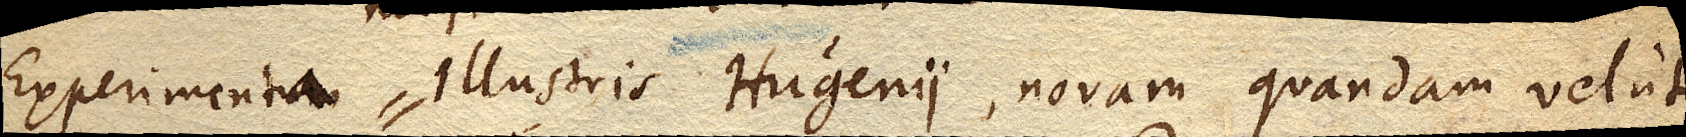
Experimenta Illustris Hugenii, novam quandam velut